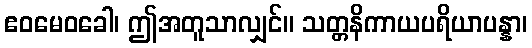
ဧဝမေဝခေါ၊ ဤအတူသာလျှင်။ သတ္တနိကာယပရိယာပန္နာ၊